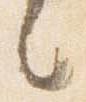
々